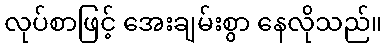
လုပ်စာဖြင့် အေးချမ်းစွာ နေလိုသည်။